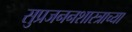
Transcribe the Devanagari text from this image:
सुप्रजननशास्त्राच्या